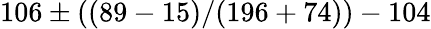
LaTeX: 106\pm((89-15)/(196+74))-104